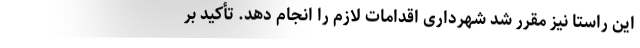
این راستا نیز مقرر شد شهرداری اقدامات لازم را انجام دهد. تأکید بر